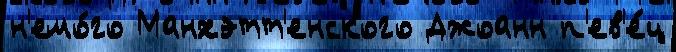
н'емо́го Манхэтт'енского Джоанн п'ев'е́ц